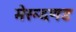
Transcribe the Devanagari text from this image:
मेरूदणड